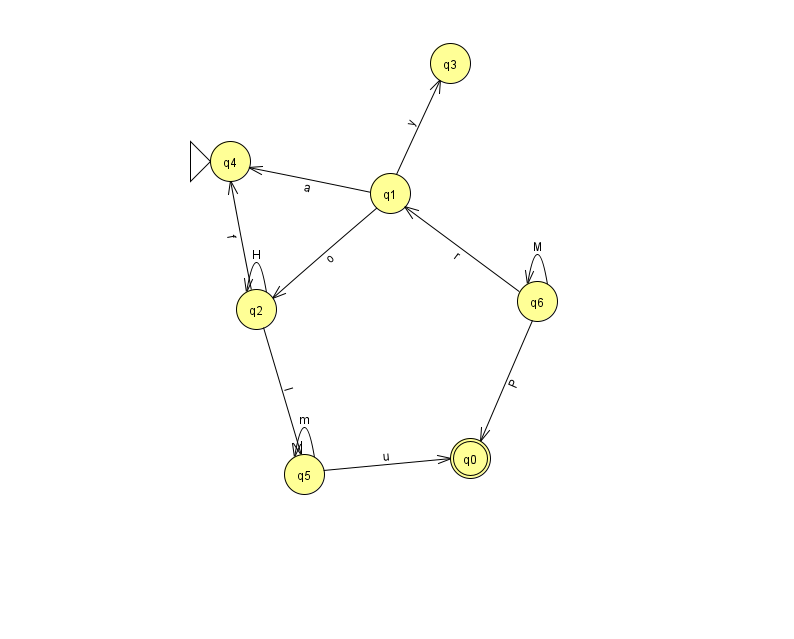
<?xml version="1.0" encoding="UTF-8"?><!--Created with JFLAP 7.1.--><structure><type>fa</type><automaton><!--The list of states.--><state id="0" name="q0"><x>470.0</x><y>445.0</y><final/></state><state id="1" name="q1"><x>390.0</x><y>180.0</y></state><state id="2" name="q2"><x>256.0</x><y>296.0</y></state><state id="3" name="q3"><x>450.0</x><y>50.0</y></state><state id="4" name="q4"><x>230.0</x><y>148.0</y><initial/></state><state id="5" name="q5"><x>304.0</x><y>461.0</y></state><state id="6" name="q6"><x>537.0</x><y>288.0</y></state><!--The list of transitions.--><transition><from>2</from><to>5</to><read>I</read></transition><transition><from>6</from><to>1</to><read>r</read></transition><transition><from>2</from><to>4</to><read>f</read></transition><transition><from>1</from><to>4</to><read>a</read></transition><transition><from>6</from><to>0</to><read>P</read></transition><transition><from>2</from><to>2</to><read>H</read></transition><transition><from>1</from><to>2</to><read>o</read></transition><transition><from>1</from><to>3</to><read>y</read></transition><transition><from>5</from><to>0</to><read>u</read></transition><transition><from>5</from><to>5</to><read>m</read></transition><transition><from>6</from><to>6</to><read>M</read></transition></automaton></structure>